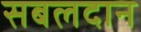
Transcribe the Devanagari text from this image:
सबलदान